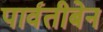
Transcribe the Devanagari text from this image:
पार्वतीबेन